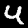
Label: 4